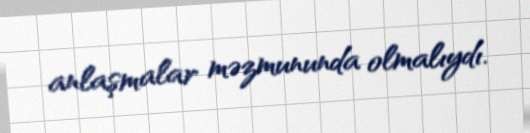
anlaşmalar məzmununda olmalıydı.